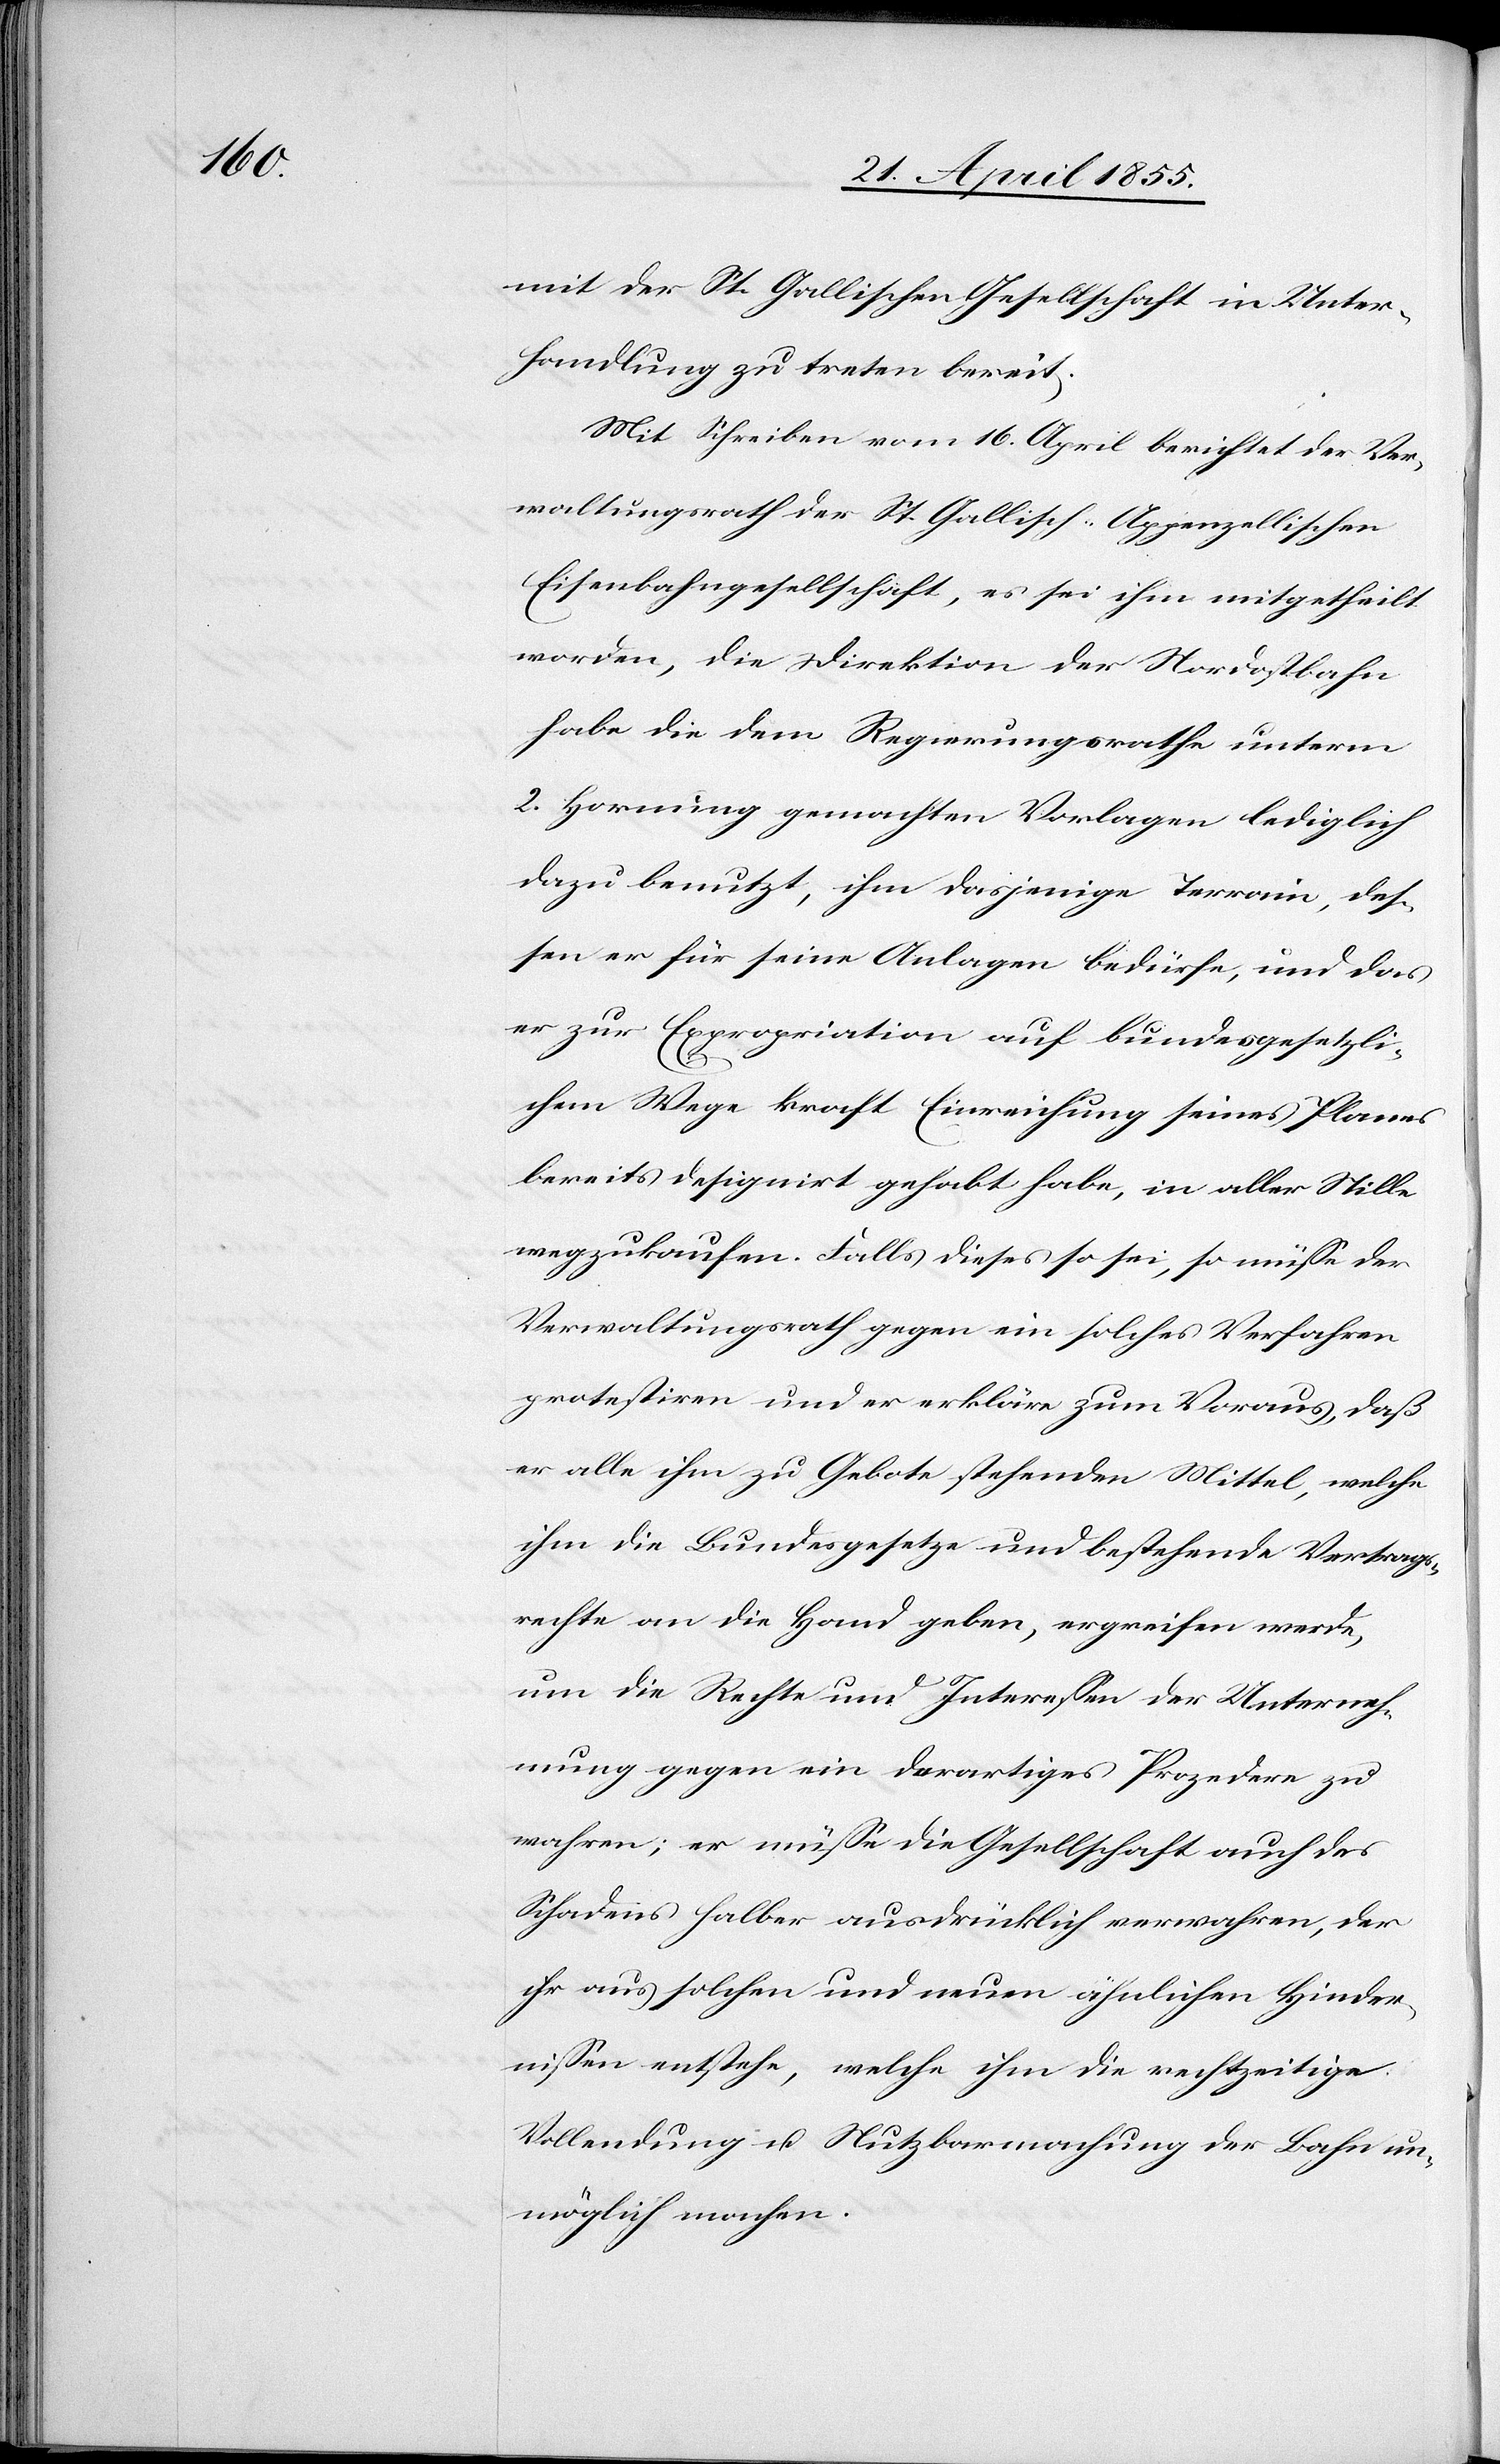
mit der St. Gallischen Gesellschaft in Unter¬
handlung zu treten bereit.
Mit Schreiben vom 16. April berichtet der Ver¬
waltungsrath der St. Gallisch-Appenzellischen
Eisenbahngesellschaft, es sei ihm mitgetheilt
worden, die Direktion der Nordostbahn
habe die dem Regierungsrathe unterm
2. Hornung gemachten Vorlagen lediglich
dazu benutzt, ihm dasjenige Terrain, des¬
sen er für seine Anlagen bedürfe, und das
er zur Expropriation auf bundesgesetzli¬
chem Wege kraft Einreichung seines Planes
bereits designirt gehabt habe, in aller Stille
wegzukaufen. Falls dieses so sei, so müsse der
Verwaltungsrath gegen ein solches Verfahren
protestiren und er erkläre zum Voraus, daß
er alle ihm zu Gebote stehenden Mittel, welche
ihm die Bundesgesetze und bestehende Vertrags¬
rechte an die Hand geben, ergreifen werde,
um die Rechte und Interessen der Unterneh¬
mung gegen ein derartiges Prozedere zu
wahren; er müsse die Gesellschaft auch des
Schadens halber ausdrücklich verwahren, der
ihr aus solchen und neuen ähnlichen Hinder¬
nissen entstehe, welche ihm die rechtzeitige
Vollendung u. Nutzbarmachung der Bahn un¬
möglich machen.